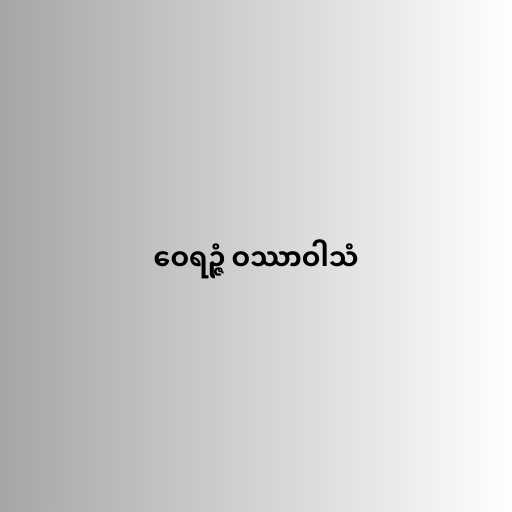
ဝေရဉ္ဇံ ဝဿာဝါသံ